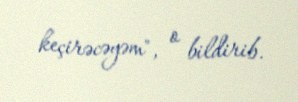
keçirəcəyəm", o bildirib.